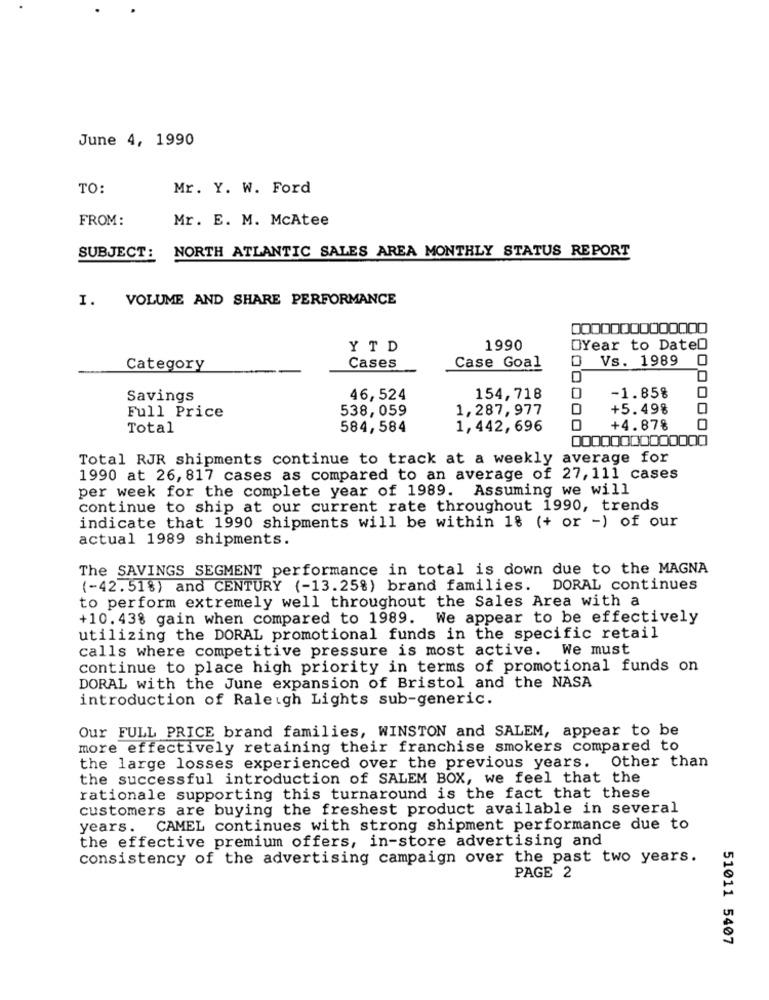
June 4, 1990
TO:
Mr. Y. W. Ford
FROM:
Mr. E. M. McAtee
SUBJECT: NORTH ATLANTIC SALES AREA MONTHLY STATUS REPORT
I. VOLUME AND SHARE PERFORMANCE
Y TD
1990
DYear to DateD
Vs. 1989 0
Category
Cases
Case Goal
0
Savings
46,524
154,718
-1.85%
O
538,059
1,287,977
+5.498
Full Price
Total
584,584
1,442,696
+4.87%
Total RJR shipments continue to track at a weekly average for
1990 at 26, 817 cases as compared to an average of 27,111 cases
per week for the complete year of 1989. Assuming we will
continue to ship at our current rate throughout 1990, trends
indicate that 1990 shipments will be within 18 (+ or -) of our
actual 1989 shipments.
The SAVINGS SEGMENT performance in total is down due to the MAGNA
(-42.51%) and CENTURY (-13.25%) brand families. DORAL continues
to perform extremely well throughout the Sales Area with a
+10. 43% gain when compared to 1989. We appear to be effectively
utilizing the DORAL promotional funds in the specific retail
calls where competitive pressure is most active. We must
continue to place high priority in terms of promotional funds on
DORAL with the June expansion of Bristol and the NASA
introduction of Raleigh Lights sub-generic.
Our FULL PRICE brand families, WINSTON and SALEM, appear to be
more effectively retaining their franchise smokers compared to
the large losses experienced over the previous years. Other than
the successful introduction of SALEM BOX, we feel that the
rationale supporting this turnaround is the fact that these
customers are buying the freshest product available in several
years. CAMEL continues with strong shipment performance due to
the effective premium offers, in-store advertising and
consistency of the advertising campaign over the past two years.
PAGE 2
51011 5407